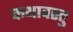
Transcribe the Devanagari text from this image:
कथावस्‍तु